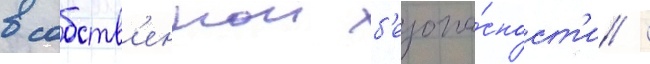
в собств'еннои б'езопа́сност'и /